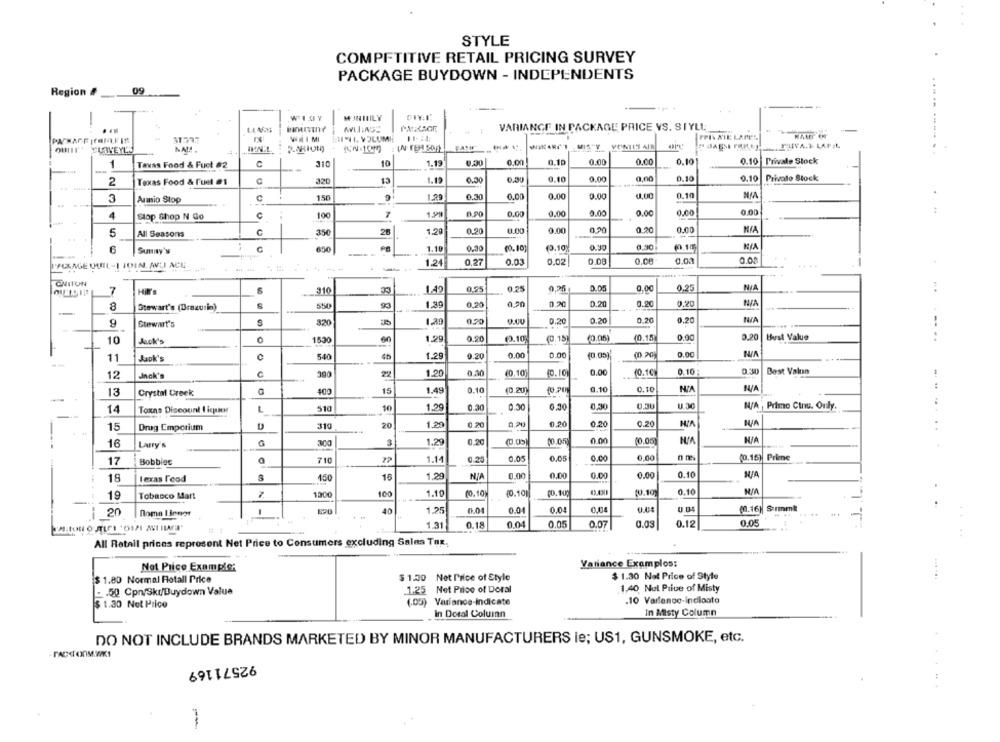
STYLE
COMPETITIVE RETAIL PRICING SURVEY
PACKAGE BUYDOWN - INDEPENDENTS
09
Region #
----
-
WISY
WINIILY
-
VARIANCE IN PACKAGE PRICE VS. SIYLL
PACKAGE |FRIA,FIR
WHIMI
11-1. VOLUME
FOIS NIE LAPEL
OIT ELOVEYES
INNL
PUIVA.1 LAFIL
1
Texas Food & Fuct #2
C
310
10
1.19
0.00
0.10
0.00
0.00
0.10
0.10 Private Stock
1.19
0.30
0.10
0.00
0,00
0.10
0.10
Privato Stock
2
Texas Food & Fuel #1
320
0.10
3
Aumio Stop
15€
1.29
0.30
0.00
0.00
0.00
0.00
4
flop Shop N Go
c
100
7
1.59
0,90
0.00
9.00
0.00
0.00
0.00
0.00
C
350
28
1.20
0.90
0.00
0.00
0,20
0.0
0.00
5
All Seasons
--
Sumay's
650
1.10
0,30
10.10
(3.10)
0.90
0.90
(0.10)
0.08
0.00.
0.03
0.00
PACKAGE OUIL-1 JOIN. AVUI DE,
.----
-
1.24
0,27
0.03
0.02
CNITON
310
1.49
0.95
0.25
0,25
0.05
0,00
0,25
7
550
1.39
0.20
0,20
0.20
0.20
0.20
0.20
MIA
8
Stewart's (Brazurin)
0.20
0.20
0.20
0.20
9
Stewart's
320
1.39
0.90
10
Jack's
0
1530
60
1.29
0.20
(0.10
(0. 15)
(0.15
0.00
0.20
Best Value
-. ..
Jok's
540
45
1.29
0.20
0.00
0.00
(0.05);
9.00
11
1.20
0,30
(0.10)
0.00
(0.10
0.10:
Best Vakuın
12
Jack's
390
22
(0.10
....
13
Crystal Creek
400
15
1.49
0.10
(0.20)
0.10
0.10
14
L
510
10
1.29
0.30
0.30
0.30
0.30
0,30
U.30
N/A , Primo Cinu. Only.
Toxns Discount I icann
20
1.29
0.20
0.20
0.20
0.20
15
Drug Emporium
310
.. .
16
Larry's
300
1.29
0.20
(0.05
0.00
(0.00)
17
Bobbiec
a
71
77
1.14
0.05
0.05
0.00
0,00
(0.15)
Prime
1.29
0.00
0.00
0.00
0.00
0.10
18
texas Food
150
16
0.10
19
Tobacco Mart
1300
100
1.10
(0,10
40.10
(0.10)
--
20
Roma I innor
-
40
1.25
0.01
0.04
0.04
0.04
(0.16)
Surmml
+ +
1.31
0.18
0.04
0.05
0.07
0.03
0.12
0.05
All Retail prices represent Net Price to Consumers excluding Sales Tax.
Variance Exemplos:
Not Price Example:
$ 1.80 Normal Rotall Price
$ 1.00 Net Price of Style
$ 1.30 Not Price of Style
.50 Cpn/Skr/Buydown Value
.1.25
1.25 Net Price of Doral
1,40 Nul Price of Misty
(.05) Variance-Indicate
.10 Varlenoc-indioato
$ 1.30 Not Price
in Dotal Column
In Misty Column
DO NOT INCLUDE BRANDS MARKETED BY MINOR MANUFACTURERS le; US1, GUNSMOKE, etc.
92571169
-